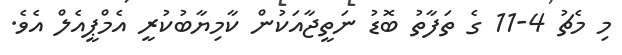
މި މެޗު 4-11 ގެ ތަފާތު ބޮޑު ނަތީޖާއަކުން ކާމިޔާބުކުރީ އެމްޕީއެލް އެވެ.